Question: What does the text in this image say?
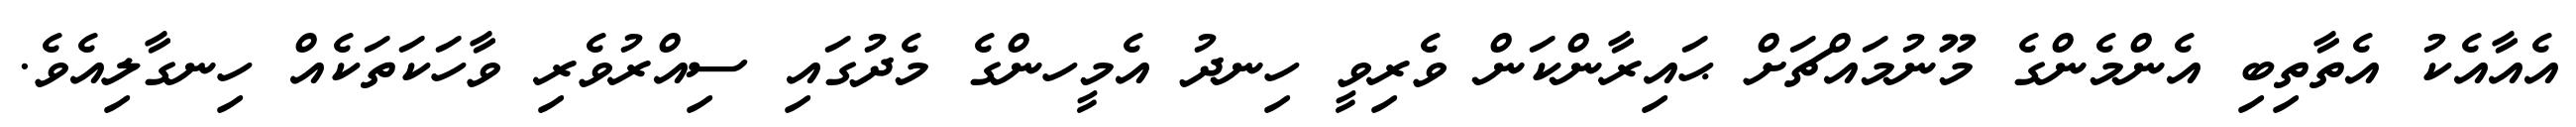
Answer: އެއާއެކު އެތާތިބި އެންމެންގެ މޫނުމައްޗަށް ޙައިރާންކަން ވެރިވީ ހިނދު އެމީހންގެ މެދުގައި ސިއްރުވެރި ވާހަކަތަކެއް ހިނގާލިއެވެ.